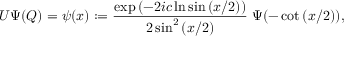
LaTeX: U \Psi ( Q ) = \psi ( x ) : = \frac { \exp { ( - 2 i c \ln \sin { ( x / 2 ) } ) } } { 2 \sin ^ { 2 } { ( x / 2 ) } } \; \Psi ( - \cot { ( x / 2 ) } ) ,